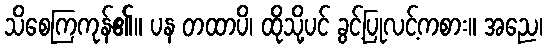
သိစေကြကုန်၏။ ပန တထာပိ၊ ထိုသို့ပင် ခွင့်ပြုလင့်ကစား။ အညေ၊